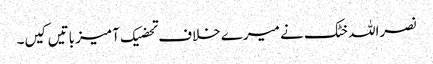
نصراللہ خٹک نے میرے خلاف تحضیک آمیز باتیں کیں۔